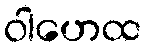
ဝါဟေထ